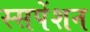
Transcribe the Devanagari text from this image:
स्सपेंशन